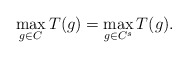
\begin{align*}\max_{g\in C}T(g)=\max_{g\in C^{s}}T(g).\end{align*}